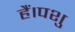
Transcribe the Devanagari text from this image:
हैं।पशु